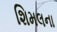
શિમલના